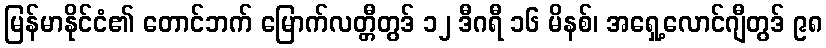
မြန်မာနိုင်ငံ၏ တောင်ဘက် မြောက်လတ္တီတွဒ် ၁၂ ဒီဂရီ ၁၆ မိနစ်၊ အရှေ့လောင်ဂျီတွဒ် ၉၈